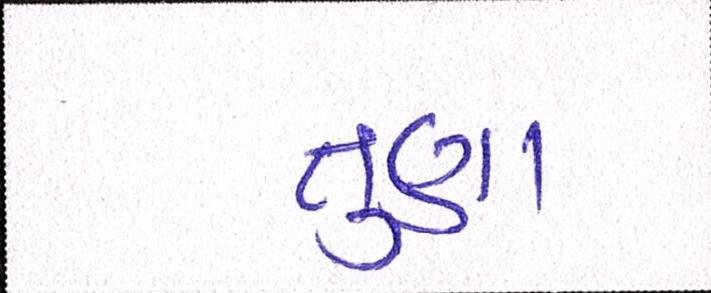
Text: તુણા